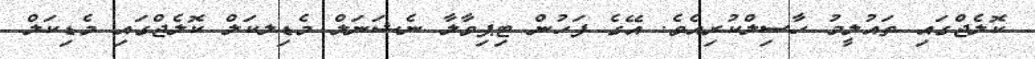
ކޮލެޖްގައި ތައުލީމު ހާސިލްކުރިއެވެ. އޭގެ ފަހުން ޓިޕިވާލާ ނެޝަނަލް މެޑިލކަލް ކޮލެޖްގައި މެޑިކަލް